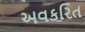
અવકરિત